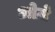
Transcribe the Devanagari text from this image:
ओज़े